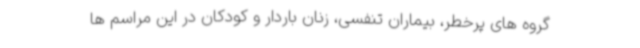
گروه های پرخطر، بیماران تنفسی، زنان باردار و کودکان در این مراسم ها